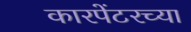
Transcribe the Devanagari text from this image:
कारपेंटरच्या